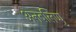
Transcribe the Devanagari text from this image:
अनबलिप्पु